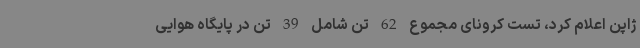
ژاپن اعلام کرد، تست کرونای مجموع 62 تن شامل 39 تن در پایگاه هوایی